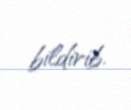
bildirib.